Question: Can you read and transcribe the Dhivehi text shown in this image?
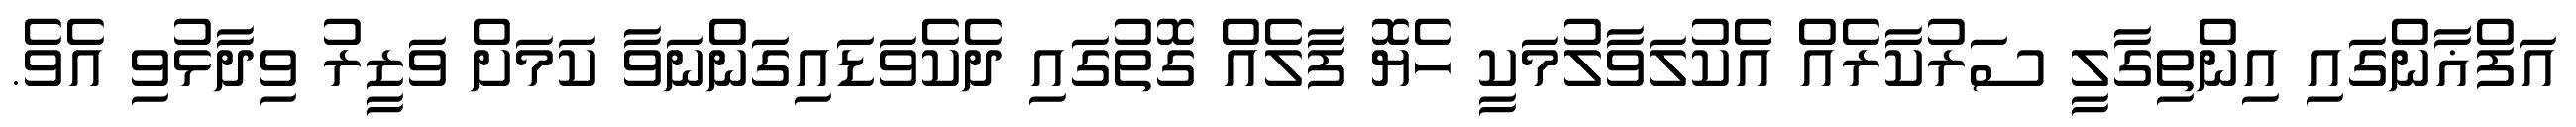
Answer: އަފްޣާންގައި އިންތިގާލީ ސަރުކާރެއް އެކުލަވާލުމަކީ ހެޔޮ ފާލެއް ގޮތުގައި ދެކެވަޑައިގަންނަވާ ކަމަށް ވަޒީރު ވިދާޅުވި އެވެ.